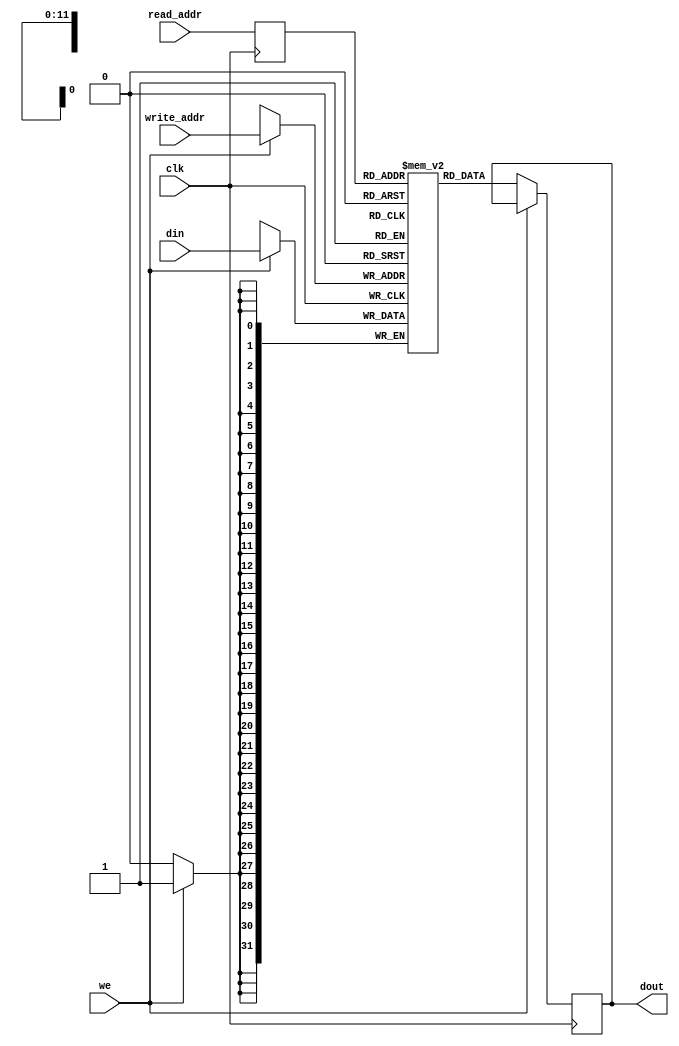
module ram_simple_dp_sync_reg_read_4096x32 (clk, we, read_addr, write_addr, din, dout);
    input clk, we;
    input [11:0] read_addr, write_addr;
    input [31:0] din;
    output reg [31:0] dout;
    
    reg [31:0] ram [4095:0];
    reg [11:0] read_addr_reg;

    always @(posedge clk)
    begin
        read_addr_reg <= read_addr;
        if (we)
            ram[write_addr] <= din;
        else 
            dout <= ram[read_addr_reg];
    end


endmodule